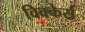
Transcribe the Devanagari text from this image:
विक्केर्स